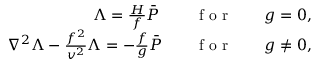
\begin{array} { r } { { \Lambda = \frac { H } { f } \bar { P } \, } \qquad \mathrm { ~ f ~ o ~ r ~ } \qquad g = 0 , } \\ { { \nabla ^ { 2 } \Lambda - \frac { f ^ { 2 } } { v ^ { 2 } } \Lambda = - \frac { f } { g } \bar { P } } \qquad \mathrm { ~ f ~ o ~ r ~ } \qquad g \neq 0 , } \end{array}